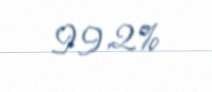
99,2%